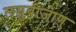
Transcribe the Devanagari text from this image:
लघुबीजाणु